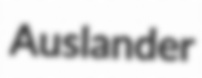
Auslander